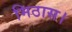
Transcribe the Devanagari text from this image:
मिठास।